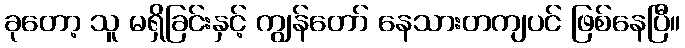
ခုတော့ သူ မရှိခြင်းနှင့် ကျွန်တော် နေသားတကျပင် ဖြစ်နေပြီ။